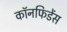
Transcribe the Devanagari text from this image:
कॉनफिडेंस